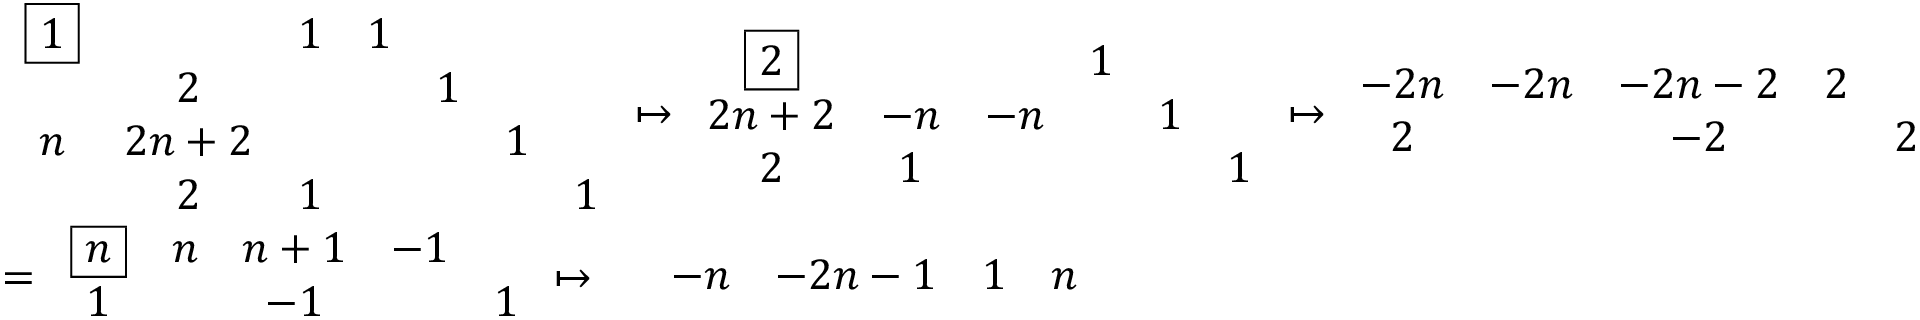
\begin{array} { r l } & { \begin{array} { c c c c c c c } { \boxed { 1 } } & & { 1 } & { 1 } & & & \\ & { 2 } & & & { 1 } & & \\ { n } & { 2 n + 2 } & & & & { 1 } & \\ & { 2 } & { 1 } & & & & { 1 } \end{array} \mapsto \begin{array} { c c c c c c } { \boxed { 2 } } & & & { 1 } & & \\ { 2 n + 2 } & { - n } & { - n } & & { 1 } & \\ { 2 } & { 1 } & & & & { 1 } \end{array} \mapsto \begin{array} { c c c c c } { - 2 n } & { - 2 n } & { - 2 n - 2 } & { 2 } & \\ { 2 } & & { - 2 } & & { 2 } \end{array} } \\ & { = \begin{array} { c c c c c } { \boxed { n } } & { n } & { n + 1 } & { - 1 } & \\ { 1 } & & { - 1 } & & { 1 } \end{array} \mapsto \begin{array} { c c c c c } & { - n } & { - 2 n - 1 } & { 1 } & { n } \end{array} } \end{array}